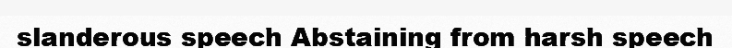
slanderous speech Abstaining from harsh speech